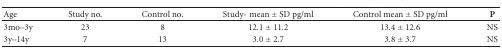
<table><thead><tr><td><b>Age</b></td><td><b>Study no.</b></td><td><b>Control no.</b></td><td><b>Study-mean ± SD pg/ml</b></td><td><b>Control mean ± SD pg/ml</b></td><td><b><i>P</i></b></td></tr></thead><tbody><tr><td>3mo–3y</td><td>23</td><td>8</td><td>12.1 ± 11.2</td><td>13.4 ± 12.6</td><td>NS</td></tr><tr><td>3y–14y</td><td>7</td><td>13</td><td>3.0 ± 2.7</td><td>3.8 ± 3.7</td><td>NS</td></tr></tbody></table>